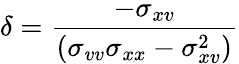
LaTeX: \delta=\frac{-\sigma_{xv}}{(\sigma_{vv}\sigma_{xx}-\sigma_{xv}^{2})}